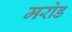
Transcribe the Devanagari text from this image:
मरोड